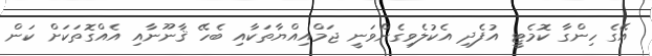
އޭގެ ހިންގާ ކޮމެޓީ އުފެދި އެކުލެވިގެންވަނީ ޖަމްއިއްޔާތަކާއި ބެހޭ ޤާނޫނާއި އެއްގޮތަކަށް ކަން